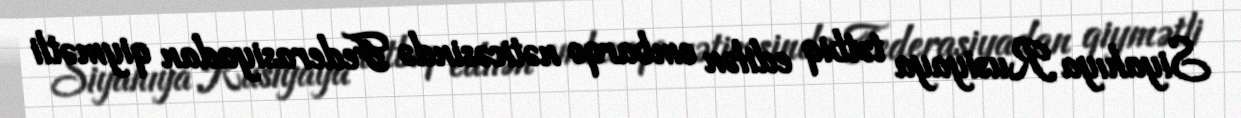
Siyahıya Rusiyaya tətbiq edilən embarqo nəticəsində Federasiyadan qiymətli